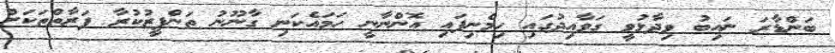
ބަންޑާރަ ނައިބު ވިދާޅުވީ ގަވާއިދުގައި ހިމެނިފައި އޮންނާނީ ހަމައެކަނި ގާނޫނު ތަންފީޒުކުރާ ފަރާތްތަކަށް